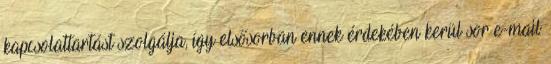
kapcsolattartást szolgálja, így elsősorban ennek érdekében kerül sor e-mail